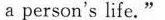
a person's life."